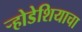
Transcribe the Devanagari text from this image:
र्‍होडेशियाचा